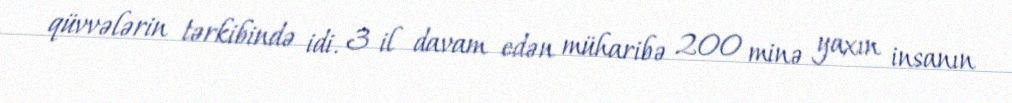
qüvvələrin tərkibində idi. 3 il davam edən müharibə 200 minə yaxın insanın